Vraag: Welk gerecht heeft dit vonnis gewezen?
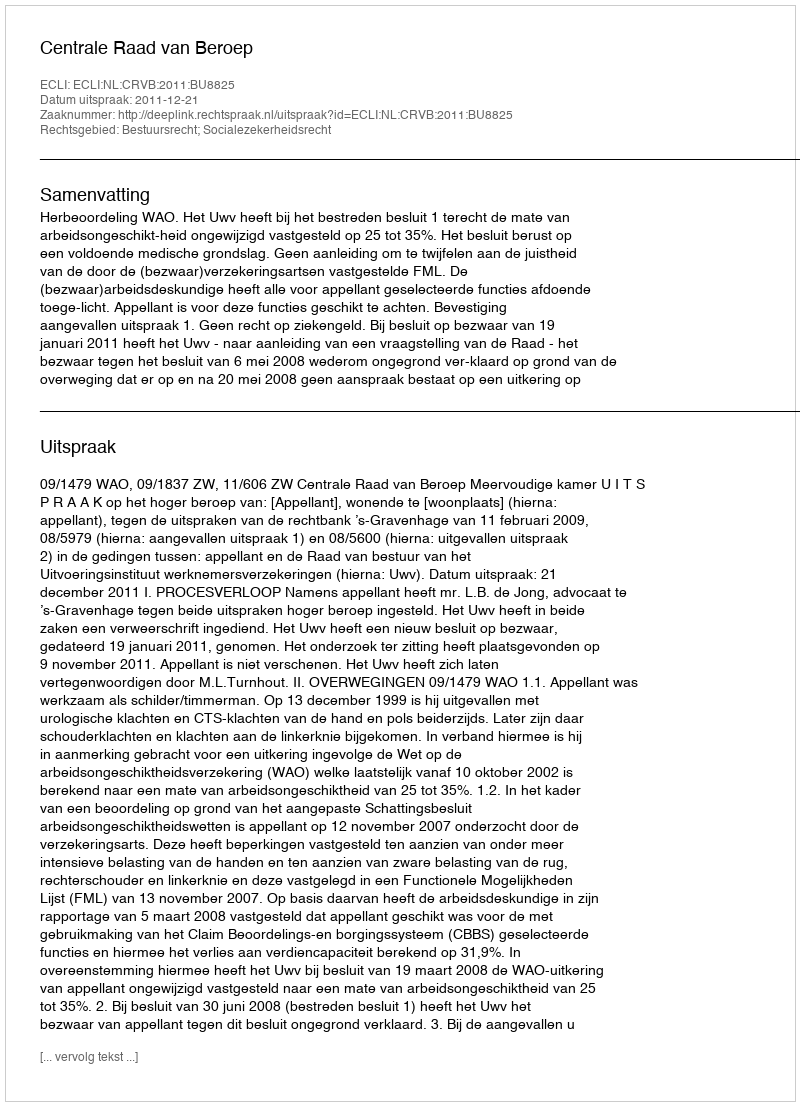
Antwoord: Centrale Raad van Beroep